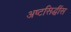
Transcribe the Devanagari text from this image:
अष्टसिद्धींस